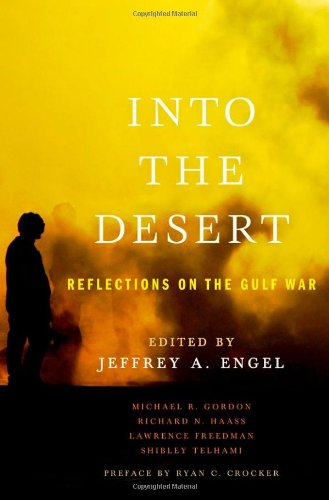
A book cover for Into the Desert: Reflections on the Gulf War; History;